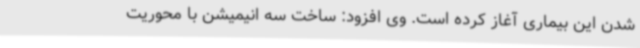
شدن این بیماری آغاز کرده است. وی افزود: ساخت سه انیمیشن با محوریت